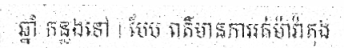
ឆ្នាំ កន្លងទៅ | បែប ពត៌មានការរត់ម៉ារ៉ាតុង